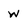
Character: w